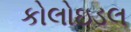
કોલોઇડલ